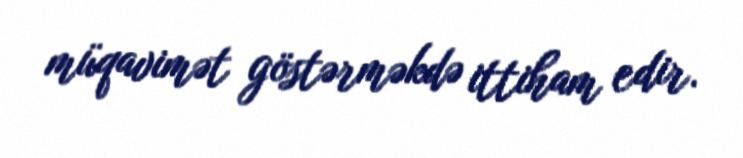
müqavimət göstərməkdə ittiham edir.